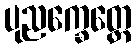
ပုညက္ခေတ္တေ